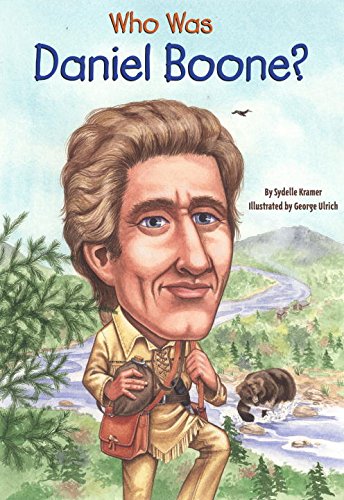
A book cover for Who Was Daniel Boone?; Sydelle Kramer; Children's Books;